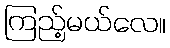
ကြည့်မယ်လေ။